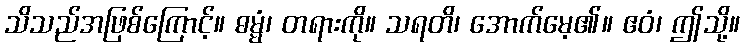
သိသည်အဖြစ်ကြောင့်။ ဓမ္မံ၊ တရားကို။ သရတိ၊ အောက်မေ့၏။ ဧဝံ၊ ဤသို့။